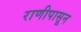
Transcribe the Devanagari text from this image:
राणीपासून